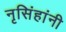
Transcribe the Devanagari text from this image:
नृसिंहांनी